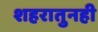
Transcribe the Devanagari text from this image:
शहरातुनही